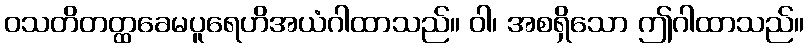
ဝသတိတတ္ထခေမပူရေဟိအယံဂါထာသည်။ ဝါ၊ အစရှိသော ဤဂါထာသည်။